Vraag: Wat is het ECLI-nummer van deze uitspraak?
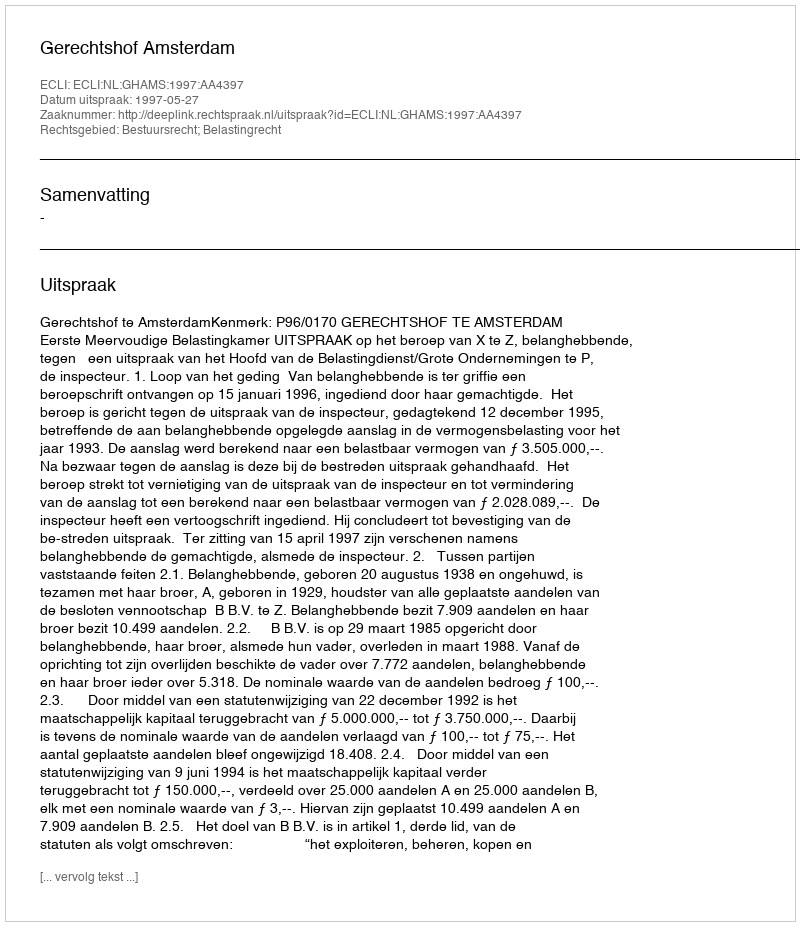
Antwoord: ECLI:NL:GHAMS:1997:AA4397